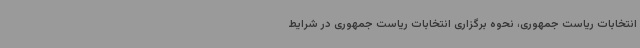
انتخابات ریاست جمهوری، نحوه برگزاری انتخابات ریاست جمهوری در شرایط